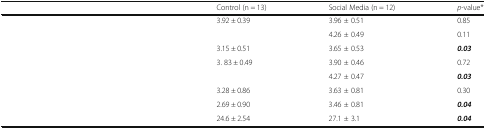
<table><thead><tr><td>[EMPTY_CELL]</td><td><b>Control (n = 13)</b></td><td><b>Social Media (n = 12)</b></td><td><b><i>p</i>-value*</b></td></tr></thead><tbody><tr><td>[EMPTY_CELL]</td><td>3.92 ± 0.39</td><td>3.96 ± 0.51</td><td>0.85</td></tr><tr><td>[EMPTY_CELL]</td><td>[EMPTY_CELL]</td><td>4.26 ± 0.49</td><td>0.11</td></tr><tr><td>[EMPTY_CELL]</td><td>3.15 ± 0.51</td><td>3.65 ± 0.53</td><td><b><i>0.03</i></b></td></tr><tr><td>[EMPTY_CELL]</td><td>3. 83 ± 0.49</td><td>3.90 ± 0.46</td><td>0.72</td></tr><tr><td>[EMPTY_CELL]</td><td>[EMPTY_CELL]</td><td>4.27 ± 0.47</td><td><b><i>0.03</i></b></td></tr><tr><td>[EMPTY_CELL]</td><td>3.28 ± 0.86</td><td>3.63 ± 0.81</td><td>0.30</td></tr><tr><td>[EMPTY_CELL]</td><td>2.69 ± 0.90</td><td>3.46 ± 0.81</td><td><b><i>0.04</i></b></td></tr><tr><td>[EMPTY_CELL]</td><td>24.6 ± 2.54</td><td>27.1 ± 3.1</td><td><b><i>0.04</i></b></td></tr></tbody></table>